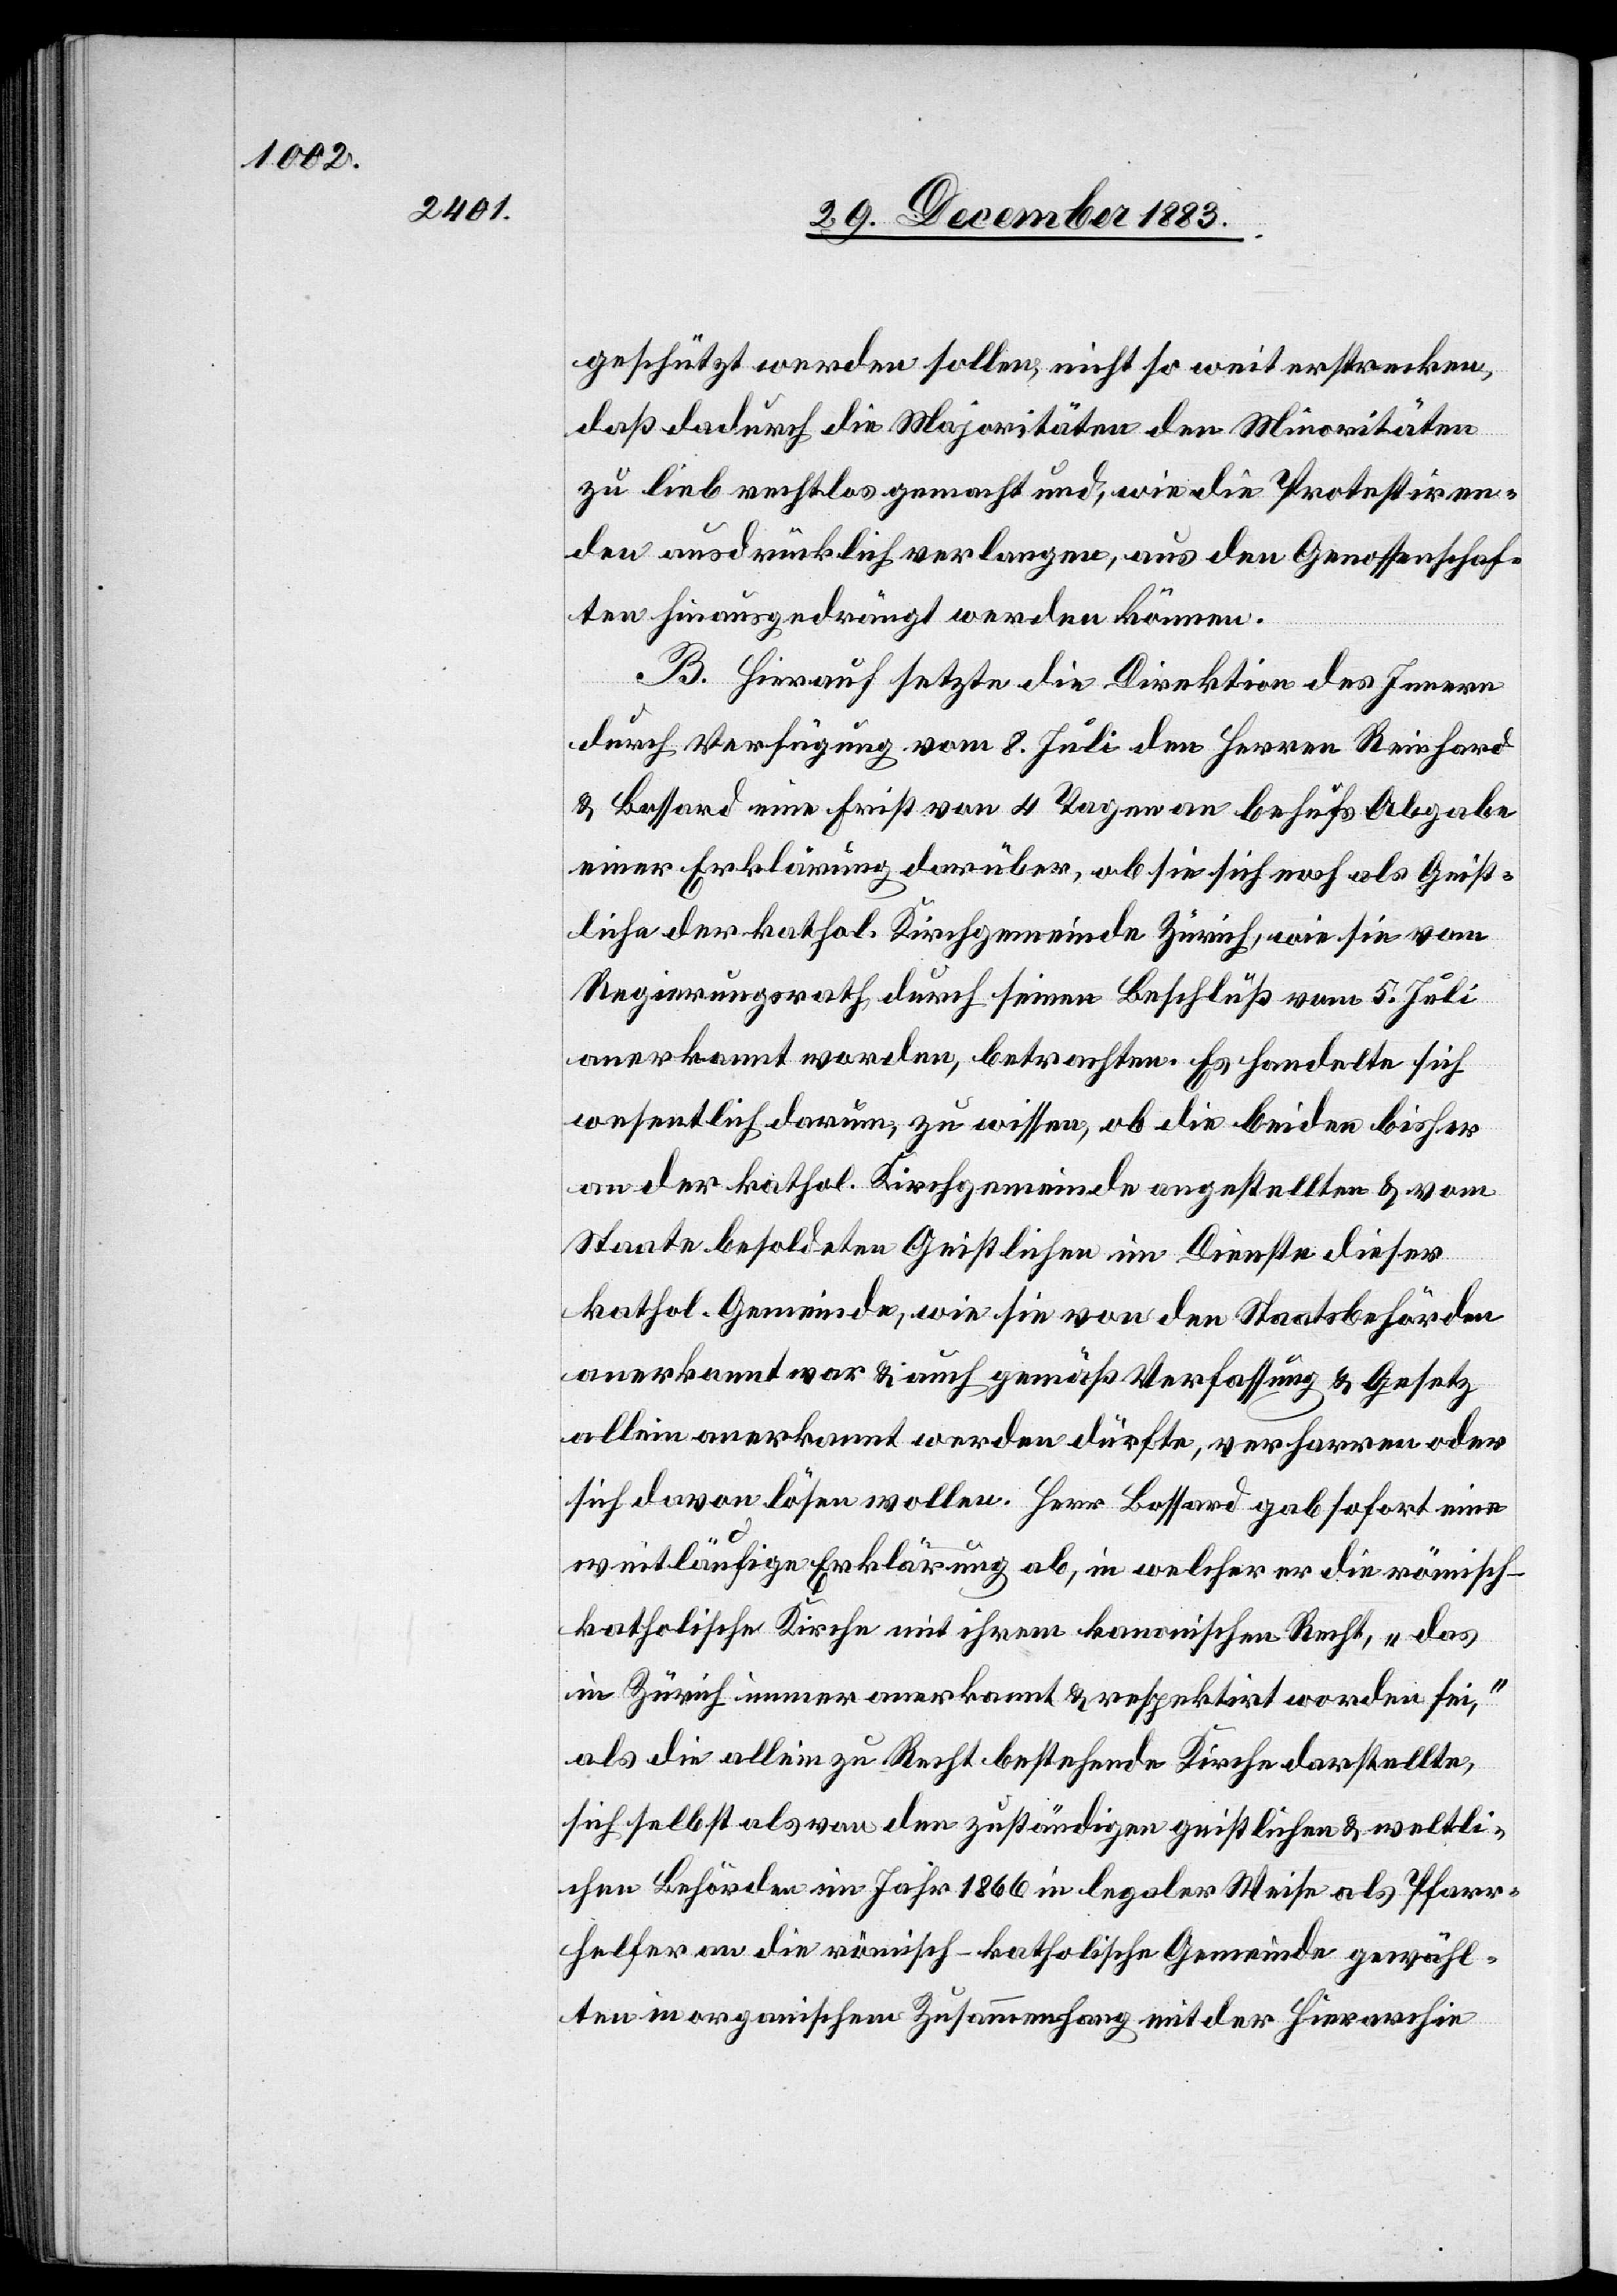
geschützt werden sollen, nicht so weit erstrecken,
daß dadurch die Majoritäten den Minoritäten
zu lieb restlos gemacht und wie die Protestiren¬
den ausdrücklich verlangen, aus den Genossenschaf¬
ten hinausgedrängt werden können.
B. Hierauf setzte die Direktion des Innern
durch Verfügung vom 8. Juli den Herren Reinhard
& Bossard eine Frist von 4 Tagen an behufs Abgabe
einer Erklärung darüber, ob sie sich noch als Geist¬
liche der kathol. Kirchgemeinde Zürich, wie sie vom
Regierungsrath durch seinen Beschluß vom 5. Juli
anerkannt worden, betrachten. Es handelte sich
wesentlich darum, zu wissen, ob die beiden bisher
an der kathol. Kirchgemeinde angestellten [sic!]
Staate besoldeten Geistlichen im Dienste dieses
kathol. Gemeinde, wie sie von den Staatsbehörden¬
anerkannt war & auch gemäß Verfassung & Gesetz
allein anerkannt werden dürfte, verharren oder
sich davon lösen wollen. Herr Bossard gab sofort eine
weitläufige Erklärung ab, in welcher er die römisc¬
h-katholische Kirche mit ihrem kanonischen Recht, „das
in Zürich immer anerkannt & respektirt worden sei“,
als die allein zu Recht bestehende Kirche darstellte,
sich selbst als von den zuständigen gerichtlichen & weltli¬
chen Behörde im Jahr 1866 in legaler Wiese als Pfarr¬
helfer an die römisch-katholische Gemeinde gewähl¬
ten im organischen Zusammenhang mit der Hierarchie